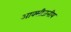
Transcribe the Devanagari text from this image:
आक्सीजनीय